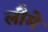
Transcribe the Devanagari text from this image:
लौमे